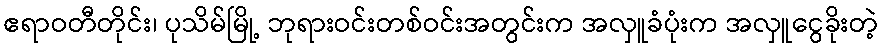
ဧရာဝတီတိုင်း၊ ပုသိမ်မြို့ ဘုရားဝင်းတစ်ဝင်းအတွင်းက အလှူခံပုံးက အလှူငွေခိုးတဲ့